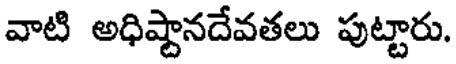
వాటి అధిష్టానదేవతలు పుట్టారు.